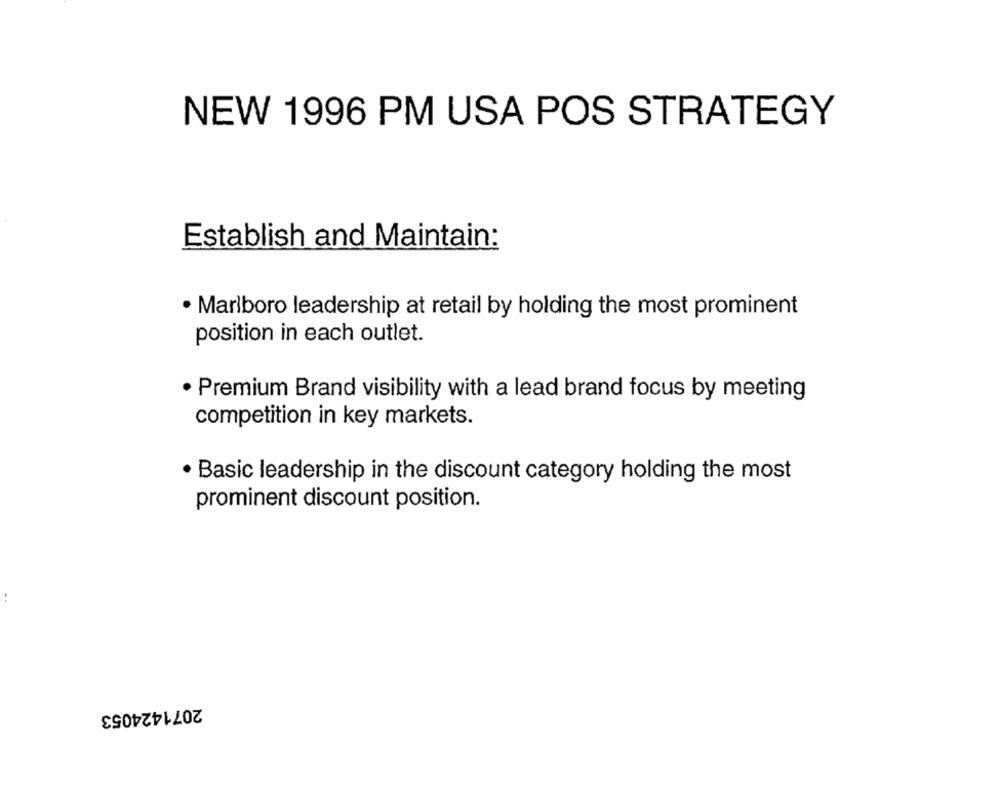
NEW 1996 PM USA POS STRATEGY
Establish and Maintain:
· Marlboro leadership at retail by holding the most prominent
position in each outlet.
· Premium Brand visibility with a lead brand focus by meeting
competition in key markets.
· Basic leadership in the discount category holding the most
prominent discount position.
. .
2071424053